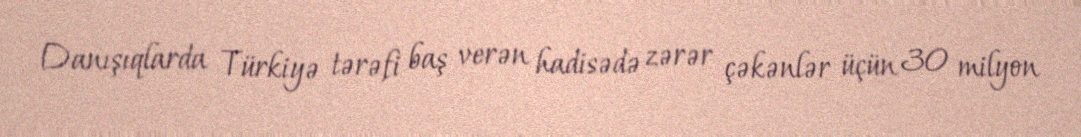
Danışıqlarda Türkiyə tərəfi baş verən hadisədə zərər çəkənlər üçün 30 milyon